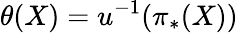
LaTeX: \theta(X)=u^{-1}(\pi_{*}(X))